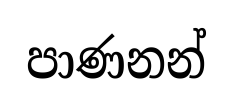
පාණනන්